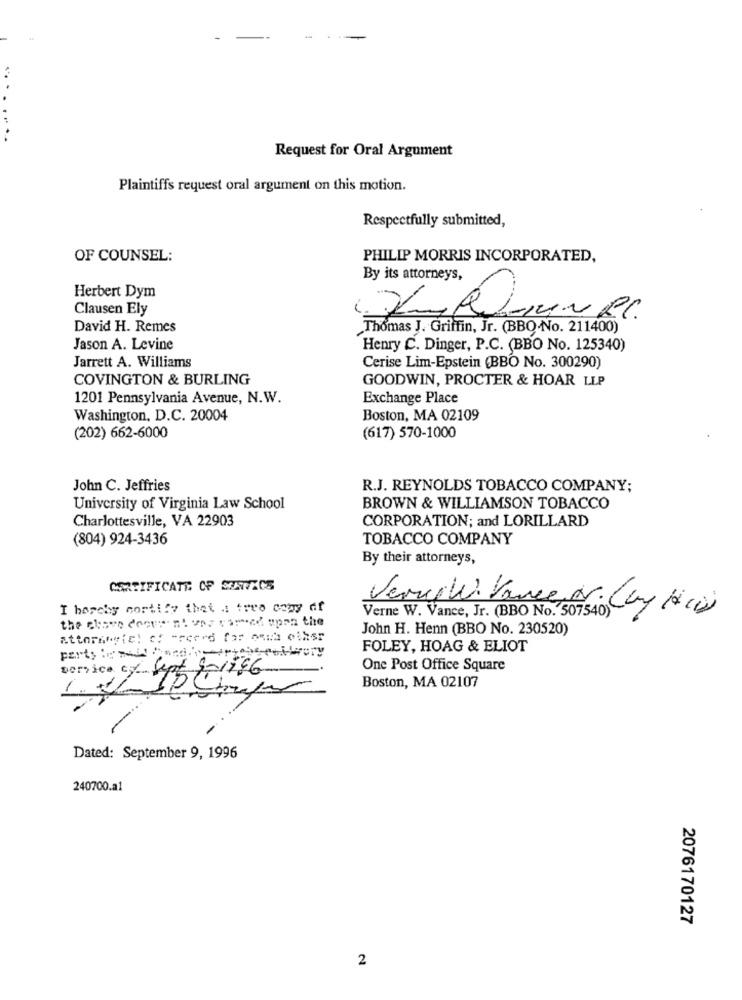
Request for Oral Argument
Plaintiffs request oral argument on this motion.
Respectfully submitted,
OF COUNSEL:
PHILIP MORRIS INCORPORATED,
By its attorneys,
Herbert Dym
Clausen Ely
David H. Remes
Thomas J. Griffin, Jr. (BBQ.No. 211400)
Jason A. Levine
Henry C. Dinger, P.C. (BBO No. 125340)
Jarrett A. Williams
Cerise Lim-Epstein (BBO No. 300290)
COVINGTON & BURLING
GOODWIN, PROCTER & HOAR LLP
1201 Pennsylvania Avenue, N.W.
Exchange Place
Washington, D.C. 20004
Boston, MA 02109
(202) 662-6000
(617) 570-1000
John C. Jeffries
R.J. REYNOLDS TOBACCO COMPANY;
University of Virginia Law School
BROWN & WILLIAMSON TOBACCO
Charlottesville, VA 22903
CORPORATION; and LORILLARD
(804) 924-3436
TOBACCO COMPANY
By their attorneys,
CERTIFICATE OF SERVICE
I hopehy cortify thet : treo copy df
Verne W. Vance, Jr. (BBO No. 507540)
Verygw Vance, Nr. Cay Ali)
the clone decurrent vez cared upon the
John H. Henn (BBO No. 230520)
FOLEY, HOAG & ELIOT
porsice cy Sept 9-1146
One Post Office Square
Boston, MA 02107
-
Dated: September 9, 1996
240700.a1
2076170127
2